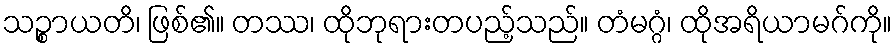
သဉ္စာယတိ၊ ဖြစ်၏။ တဿ၊ ထိုဘုရားတပည့်သည်။ တံမဂ္ဂံ၊ ထိုအရိယာမဂ်ကို။